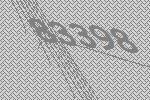
83398